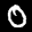
Label: 0